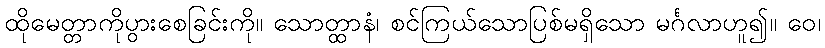
ထိုမေတ္တာကိုပွားစေခြင်းကို။ သောတ္ထာနံ၊ စင်ကြယ်သောပြစ်မရှိသော မင်္ဂလာဟူ၍။ ဝေ၊